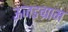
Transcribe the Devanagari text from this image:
ऊजड़ग्राम